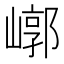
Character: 𡻳